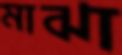
মাঝা